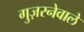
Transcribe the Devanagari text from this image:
गुज़रनेवाले